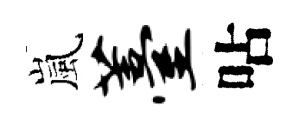
嵐薹呫